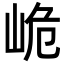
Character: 峗